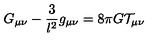
G _ { \mu \nu } - \frac 3 { l ^ { 2 } } g _ { \mu \nu } = 8 \pi G \mathcal { T } _ { \mu \nu }